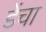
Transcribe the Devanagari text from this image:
डेंचा